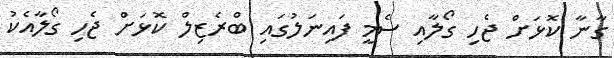
ގާނާ ކޮޅަށް ޖެހި ގޯލާއި ސެމީ ފައިނަލުގައި ބްރެޒިލް ކޮޅަށް ޖެހި ގޯލާއެކު